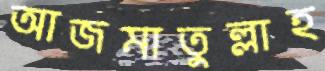
আজমাতুল্লাহ